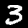
Digit: 3